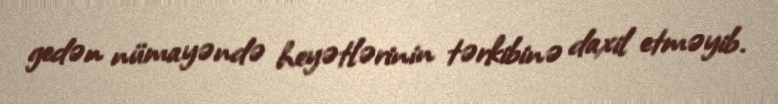
gedən nümayəndə heyətlərinin tərkibinə daxil etməyib.